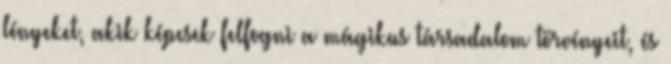
lényeket, akik képesek felfogni a mágikus társadalom törvényeit, és